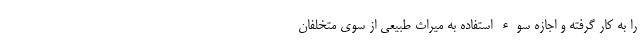
را به کار گرفته و اجازه سوء استفاده به میراث طبیعی از سوی متخلفان